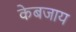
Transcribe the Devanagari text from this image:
केबजाय